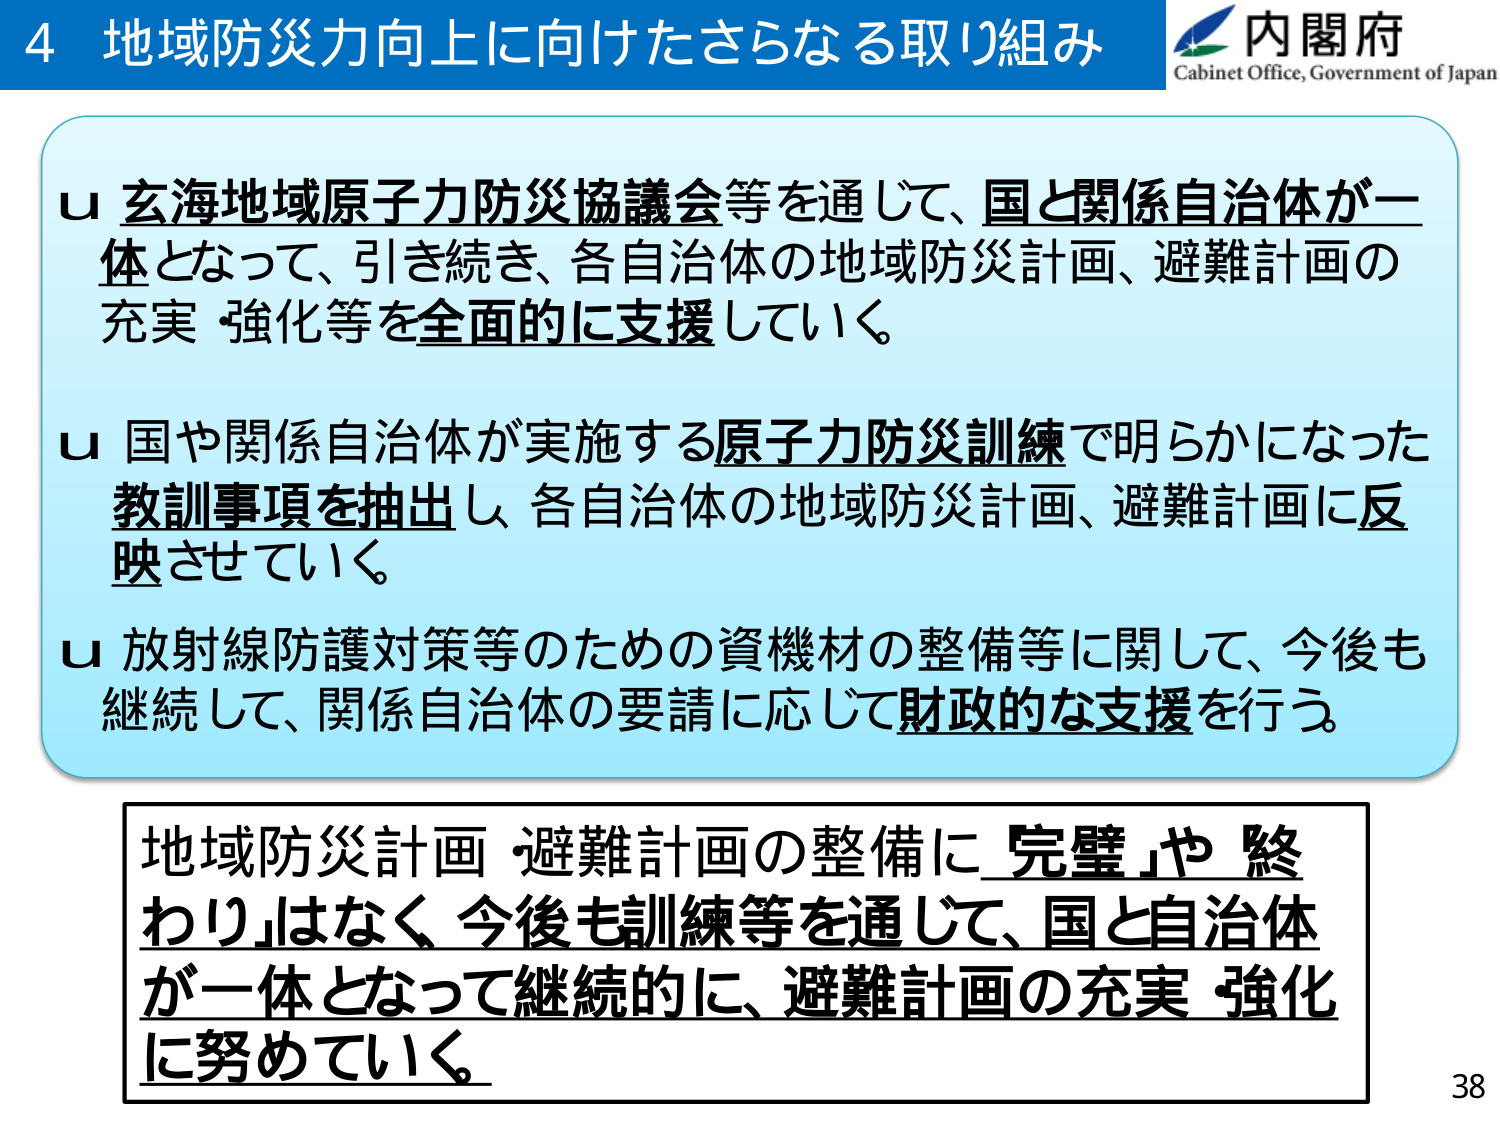
4 地域防災力向上に向けたさらなる取り組み
内閣府
Cabinet Office, Government of Japan

u 玄海地域原子力防災協議会等を通じて、国と関係自治体が一体となって、引き続き、各自治体の地域防災計画、避難計画の充実・強化等を全面的に支援していく。

u 国や関係自治体が実施する原子力防災訓練で明らかになった教訓事項を抽出し、各自治体の地域防災計画、避難計画に反映させていく。

u 放射線防護対策等のための資機材の整備等に関して、今後も継続して、関係自治体の要請に応じて財政的な支援を行う。

地域防災計画・避難計画の整備に「完璧」や「終わり」はなく、今後も訓練等を通じて、国と自治体が一体となって継続的に、避難計画の充実・強化に努めていく。

38